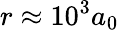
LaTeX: r\approx 10^{3}a_{0}